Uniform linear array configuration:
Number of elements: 32
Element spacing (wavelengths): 0.25
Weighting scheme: hamming
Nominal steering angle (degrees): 30
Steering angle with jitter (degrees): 29.019
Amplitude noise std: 0.05
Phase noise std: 0.05

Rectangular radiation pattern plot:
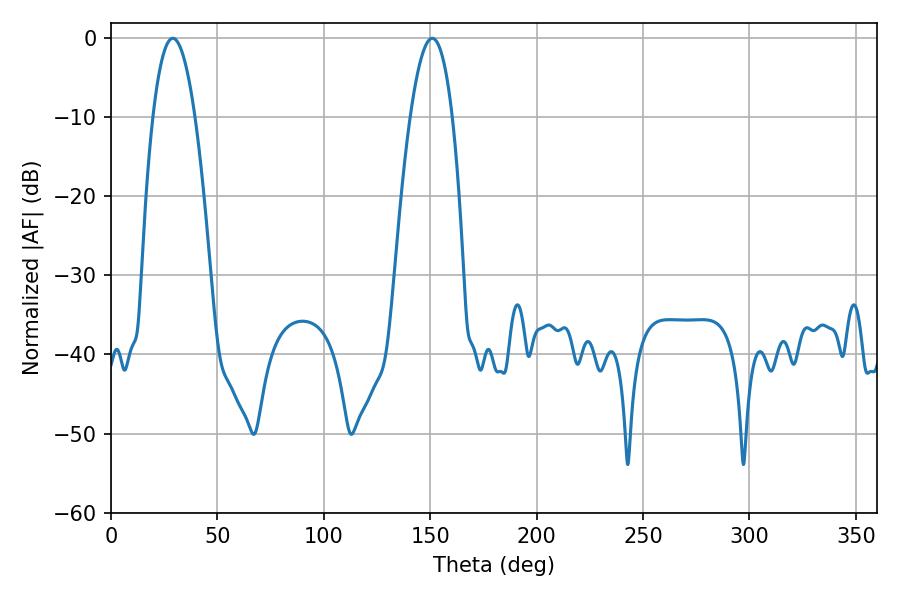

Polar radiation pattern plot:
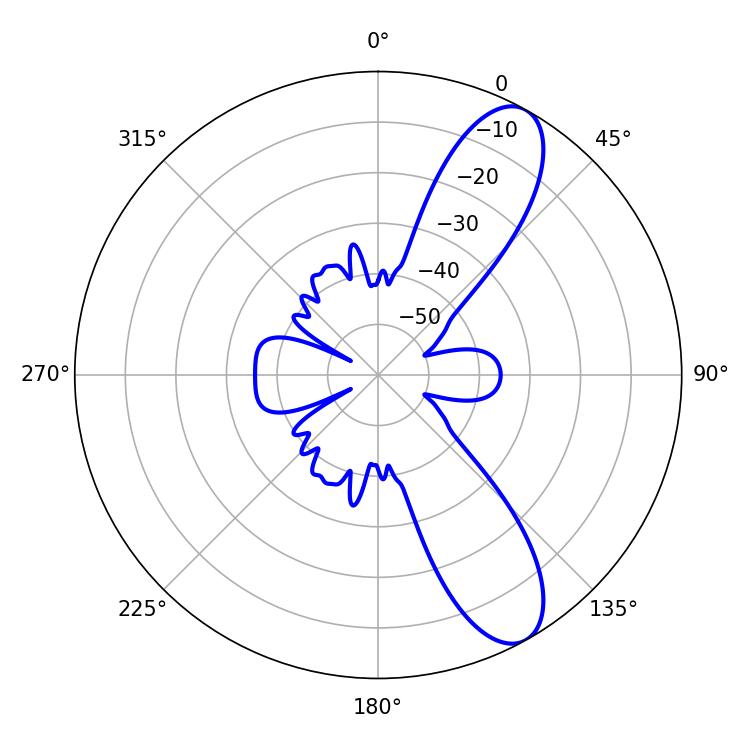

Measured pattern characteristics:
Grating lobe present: FALSE
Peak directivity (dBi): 10.014
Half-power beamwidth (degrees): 10.98
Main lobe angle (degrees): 28.98